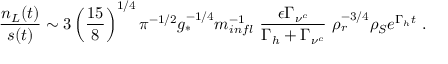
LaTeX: \frac { n _ { L } ( t ) } { s ( t ) } \sim 3 \left( \frac { 1 5 } { 8 } \right) ^ { 1 / 4 } \pi ^ { - 1 / 2 } g _ { * } ^ { - 1 / 4 } m _ { i n f l } ^ { - 1 } ~ \frac { \epsilon \Gamma _ { \nu ^ { c } } } { \Gamma _ { h } + \Gamma _ { \nu ^ { c } } } ~ \rho _ { r } ^ { - 3 / 4 } \rho _ { S } e ^ { \Gamma _ { h } t } ~ .